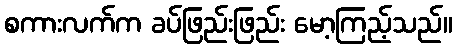
စကားလက်က ခပ်ဖြည်းဖြည်း မော့ကြည့်သည်။